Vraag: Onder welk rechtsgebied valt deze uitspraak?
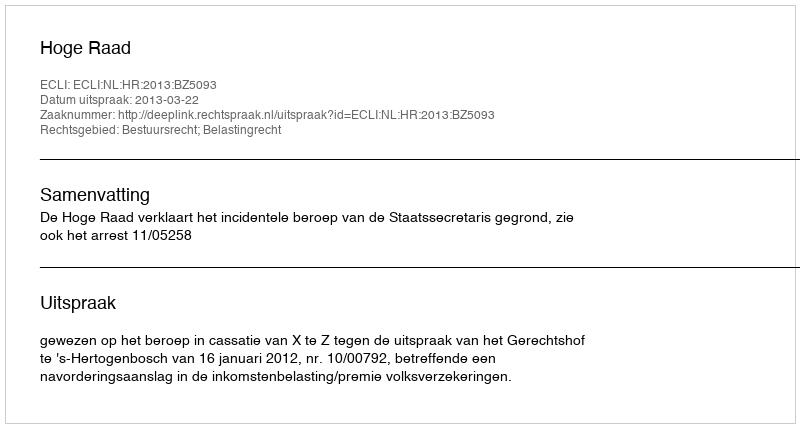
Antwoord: Bestuursrecht; Belastingrecht